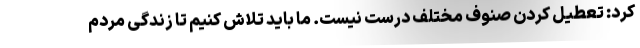
کرد: تعطیل کردن صنوف مختلف درست نیست. ما باید تلاش کنیم تا زندگی مردم